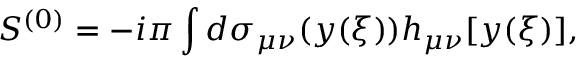
S ^ { ( 0 ) } = - i \pi \int d \sigma _ { \mu \nu } ( y ( \xi ) ) h _ { \mu \nu } [ y ( \xi ) ] ,